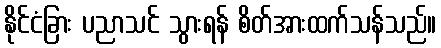
နိုင်ငံခြား ပညာသင် သွားရန် စိတ်အားထက်သန်သည်။